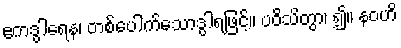
ဧကဒွါရေန၊ တစ်ပေါက်သောဒွါရဖြင့်။ ပဝိသိတွာ၊ ၍။ နဝဟိ